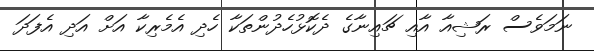
ނަމަވެސް ރަޝިއާ އާއި ޗައިނާގެ ދެކޮޅުހެދުންތަކާ ހެދި އެމެރިކާ އަށް އަދި އެފަދަ